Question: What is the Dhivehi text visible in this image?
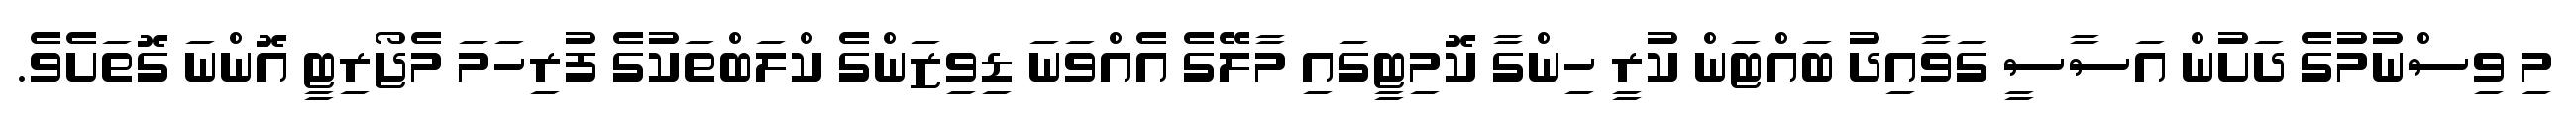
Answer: މި ވިސްނުމުގެ ދަށުން އަސާސީ ގަވާއިދު ބައްޓަން ކުރީ ހިންގާ ކޮމިޓީގައި މާލޭގެ އެއްވަނަ ޑިވިޒަންގެ ކްލަބްތަކުގެ ފުރިހަމަ މެޖޯރިޓީ އޮންނަ ގޮތަށެވެ.